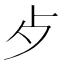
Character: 歺